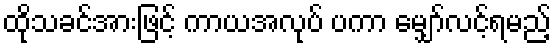
ထိုသခင်အားဖြင့် ကာယအလုပ် ပကာ မျှော်လင့်ရမည့်